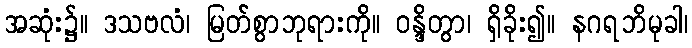
အဆုံး၌။ ဒသဗလံ၊ မြတ်စွာဘုရားကို။ ဝန္ဒိတွာ၊ ရှိခိုး၍။ နဂရဘိမုခါ၊